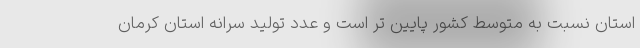
استان نسبت به متوسط کشور پایین تر است و عدد تولید سرانه استان کرمان